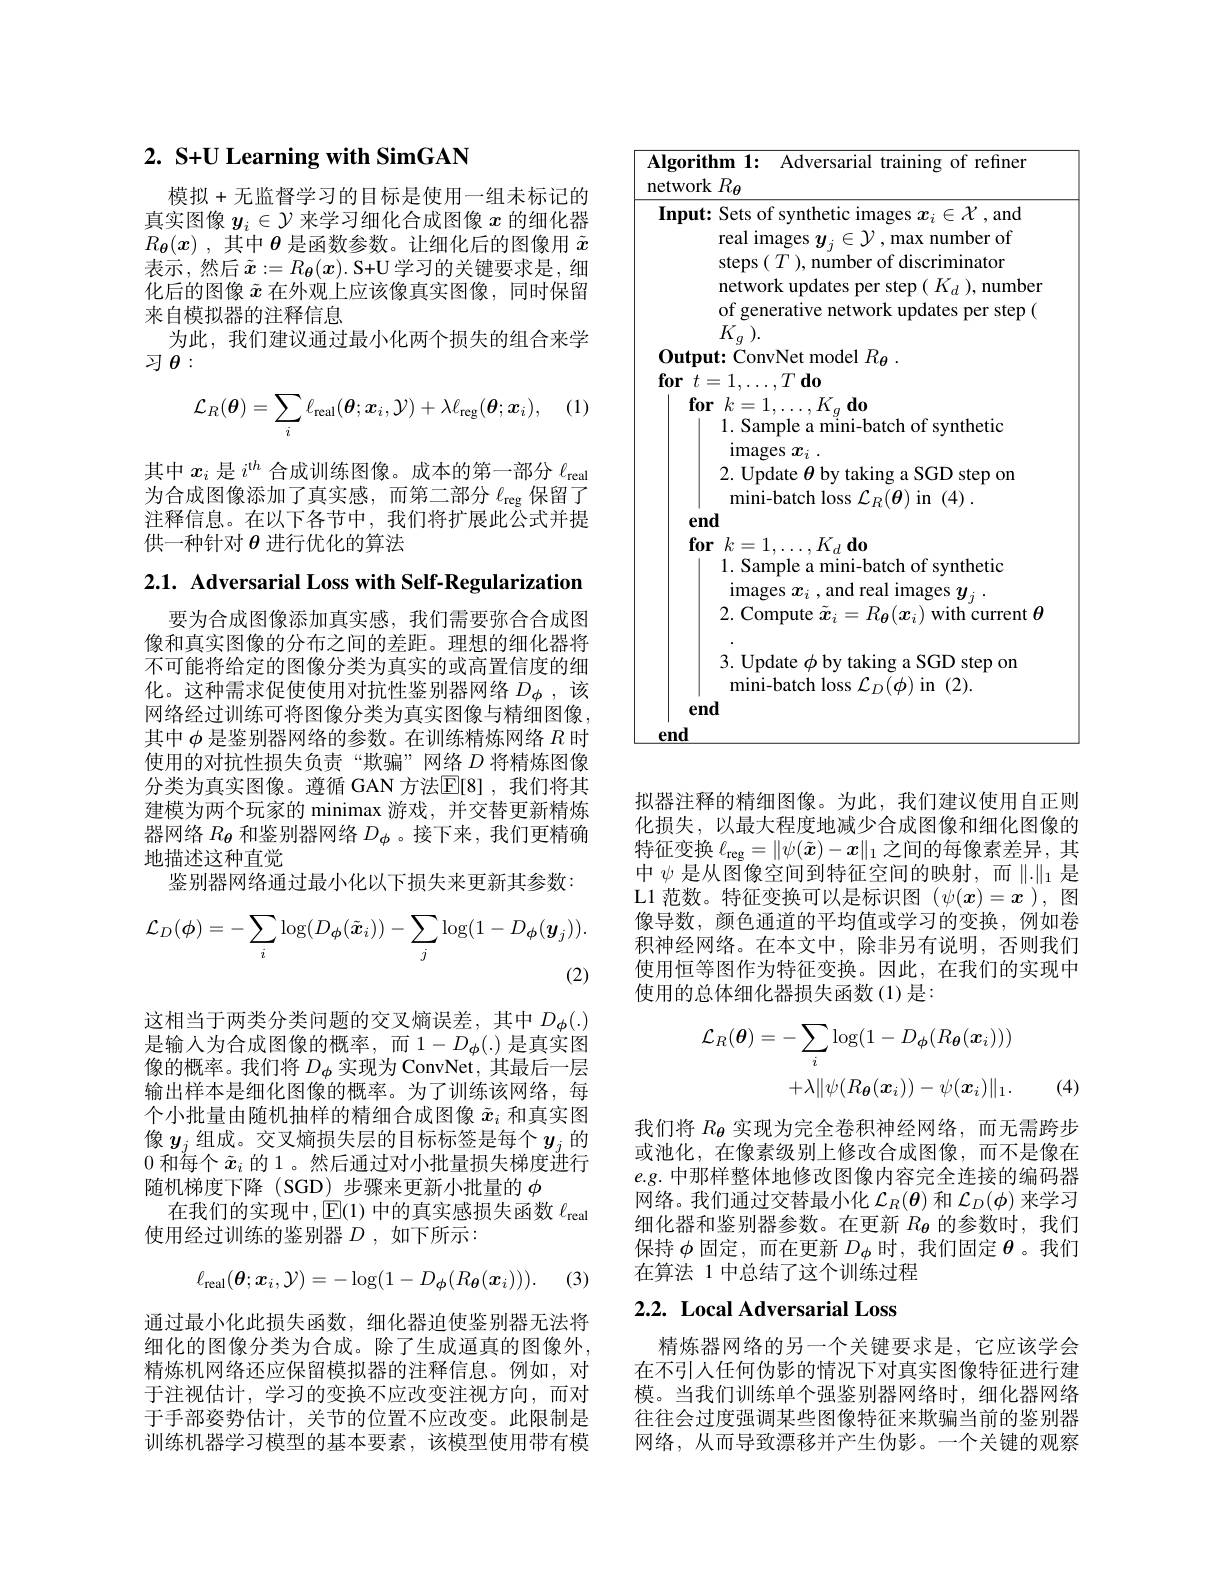
# 2. S+U Learning with SimGAN

模拟+无监督学习的目标是使用一组未标记的真实图像$y_i\in\mathcal{Y}$来学习细化合成图像$x$的细化器$R_{\boldsymbol{\theta }}( x)$ ,其中$\theta$是函数参数。让细化后的图像用$\tilde{x}$ 表示，然后$\tilde{x}:=R_{\boldsymbol{\theta}}(\boldsymbol{x}).$S+U学习的关键要求是，细化后的图像$\tilde{x}$在外观上应该像真实图像，同时保留来自模拟器的注释信息
为此，我们建议通过最小化两个损失的组合来学
习$\theta:$

(1.
$$\mathcal{L}_R(\boldsymbol{\theta})=\sum_i\ell_{\mathrm{real}}(\boldsymbol{\theta};\boldsymbol{x}_i,\mathcal{Y})+\lambda\ell_{\mathrm{reg}}(\boldsymbol{\theta};\boldsymbol{x}_i),$$
其中$x_i$是$i^{\mathrm{th}}$合成训练图像。成本的第一部分$\ell_\mathrm{real}$ 为合成图像添加了真实感，而第二部分$\ell_\mathrm{reg}$保留了注释信息。在以下各节中，我们将扩展此公式并提供一种针对$\theta$进行优化的算法
$$\mathcal{L}_{D}(\phi)=-\sum_{i}\log(D_{\phi}(\tilde{\boldsymbol{x}}_{i}))-\sum_{j}\log(1-D_{\phi}(\boldsymbol{y}_{j})).\\(2)$$
2.1. Adversarial Loss with Self-Regularization
要为合成图像添加真实感，我们需要弥合合成图像和真实图像的分布之间的差距。理想的细化器将不可能将给定的图像分类为真实的或高置信度的细化。这种需求促使使用对抗性鉴别器网络$D_\mathrm{\phi}$ ,该网络经过训练可将图像分类为真实图像与精细图像， 其中$\phi$是鉴别器网络的参数。在训练精炼网络$R$时使用的对抗性损失负责“欺骗”网络$D$将精炼图像分类为真实图像。遵循 GAN 方法$\overline{\mathbb{E}}[8]$,我们将其建模为两个玩家的 minimax 游戏，并交替更新精炼器网络$R_{\boldsymbol{\theta}}$和鉴别器网络$D_{\boldsymbol{\phi}}$ 。接下来，我们更精确地描述这种直觉
鉴别器网络通过最小化以下损失来更新其参数： 这相当于两类分类问题的交叉熵误差，其中$D_{\phi}(.)$ 是输入为合成图像的概率，而$1-D_{\phi}(.)$是真实图像的概率。我们将$D_{\phi}$实现为 ConvNet, 其最后一层输出样本是细化图像的概率。为了训练该网络，每个小批量由随机抽样的精细合成图像$\tilde{x}_i$和真实图像$y_j$组成。交叉熵损失层的目标标签是每个$y_j$的0 和 每 个 $\tilde{x} _i$的 1。然后通过对小批量损失梯度进行随机梯度下降 (SGD)\_步骤来更新小批量的$\phi$
在我们的实现中，$\operatorname{E}(1)$中的真实感损失函数$\ell_\mathrm{real}$
使用经过训练的鉴别器$D$,如下所示：
$$\ell_{\mathrm{real}}(\boldsymbol{\theta};\boldsymbol{x}_i,\mathcal{Y})=-\log(1-D_{\boldsymbol{\phi}}(R_{\boldsymbol{\theta}}(\boldsymbol{x}_i))).$$
(3)

通过最小化此损失函数，细化器迫使鉴别器无法将细化的图像分类为合成。除了生成逼真的图像外， 精炼机网络还应保留模拟器的注释信息。例如，对于注视估计，学习的变换不应改变注视方向，而对于手部姿势估计，关节的位置不应改变。此限制是训练机器学习模型的基本要素，该模型使用带有模

Algorithm 1: Adversarial training of refiner
$\underline{\text{network }R_{\boldsymbol{\theta}}}$
Input: Sets of synthetic images $x_i\in\mathcal{X}$ ,and
real images $y_j\in\mathcal{Y},\max$ number of steps $(T)$, number of discriminator network updates per step $(K_d)$,number of generative network updates per step ( $K_{g}).$
Output: ConvNet model $R_{\theta }$ .
$\textbf{for}t= 1, \ldots , T\textbf{do}$
$\textbf{for}$ $k= 1, \ldots , K_{g}$ $\textbf{do}$
1. Sample a mini-batch of synthetic
images $x_i$ .
2. Update $\theta$ by taking a SGD step on
mini-batch loss $\mathcal{L}_R(\boldsymbol{\theta})$ in (4).
end
$\textbf{for}$ $k= 1, \ldots , K_{d}$ $\textbf{do}$
1. Sample a mini-batch of synthetic $\operatorname*{images}x_{i}$,and real images $y_j.$ 2. Compute $\tilde{x}_i=R_{\boldsymbol{\theta}}(\boldsymbol{x}_i)$ with current $\theta$
3. Update $\phi$ by taking a SGD step on
${\text{mini-batch loss}}{\mathcal{L}}_{D}(\phi)$in(2).
end
$\underline{end}$

拟器注释的精细图像。为此，我们建议使用自正则化损失，以最大程度地减少合成图像和细化图像的特征变换$\ell_\mathrm{reg}=\|\psi(\tilde{\boldsymbol{x}})-\boldsymbol{x}\|_1$之间的每像素差异，其中$\psi$是从图像空间到特征空间的映射，而$\|.\|_1$是L1 范数。特征变换可以是标识图$(\psi(x)=x$ ),图像导数，颜色通道的平均值或学习的变换，例如卷积神经网络。在本文中，除非另有说明，否则我们使用恒等图作为特征变换。因此，在我们的实现中使用的总体细化器损失函数(1)是：
$$\begin{aligned}\mathcal{L}_{R}(\boldsymbol{\theta})&=-\sum_{i}\log(1-D_{\phi}(R_{\boldsymbol{\theta}}(\boldsymbol{x}_{i})))\\&+\lambda\|\psi(R_{\boldsymbol{\theta}}(\boldsymbol{x}_{i}))-\psi(\boldsymbol{x}_{i})\|_{1}.\end{aligned}$$
(4)

我们将$R_{\boldsymbol{\theta}}$实现为完全卷积神经网络，而无需跨步或池化，在像素级别上修改合成图像，而不是像在$e.g.$中那样整体地修改图像内容完全连接的编码器网络。我们通过交替最小化$\mathcal{L}_R(\boldsymbol{\theta})$和$\mathcal{L}_D(\phi)$来学习细化器和鉴别器参数。在更新$R_\mathrm{\theta}$的参数时，我们保持$\phi$固定，而在更新$D_\phi$时，我们固定$\theta$。我们在算法 1 中总结了这个训练过程

## $2. 2. \textbf{ Local Adversarial Loss}$

精炼器网络的另一个关键要求是，它应该学会在不引人任何伪影的情况下对真实图像特征进行建模。当我们训练单个强鉴别器网络时，细化器网络往往会过度强调某些图像特征来欺骗当前的鉴别器网络，从而导致漂移并产生伪影。一个关键的观察